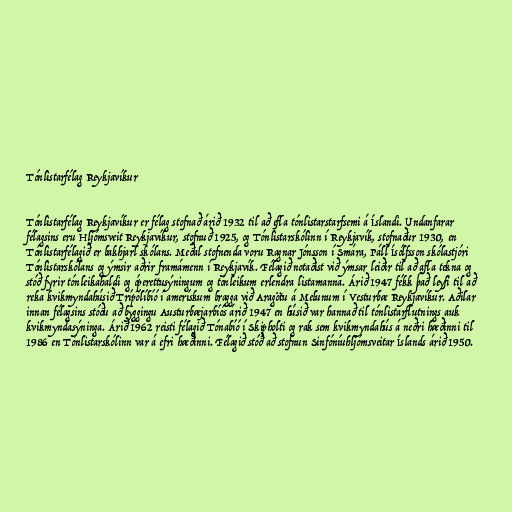
Tónlistarfélag Reykjavíkur

Tónlistarfélag Reykjavíkur er félag stofnað árið 1932 til að efla tónlistarstarfsemi á Íslandi. Undanfarar
félagsins eru Hljómsveit Reykjavíkur, stofnuð 1925, og Tónlistarskólinn í Reykjavík, stofnaður 1930, en
Tónlistarfélagið er bakhjarl skólans. Meðal stofnenda voru Ragnar Jónsson í Smára, Páll Ísólfsson skólastjóri
Tónlistarskólans og ýmsir aðrir framámenn í Reykjavík. Félagið notaðist við ýmsar leiðir til að afla tekna og
stóð fyrir tónleikahaldi og óperettusýningum og tónleikum erlendra listamanna. Árið 1947 fékk það leyfi til að
reka kvikmyndahúsið Trípólíbíó í amerískum bragga við Aragötu á Melunum í Vesturbæ Reykjavíkur. Aðilar
innan félagsins stóðu að byggingu Austurbæjarbíós árið 1947 en húsið var hannað til tónlistarflutnings auk
kvikmyndasýninga. Árið 1962 reisti félagið Tónabíó í Skipholti og rak sem kvikmyndahús á neðri hæðinni til
1986 en Tónlistarskólinn var á efri hæðinni. Félagið stóð að stofnun Sinfóníuhljómsveitar Íslands árið 1950.